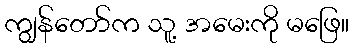
ကျွန်တော်က သူ့ အမေးကို မဖြေ။